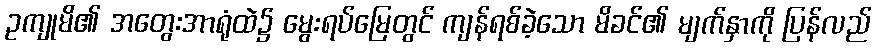
ဥကျုမိ၏ အတွေးအာရုံထဲ၌ မွေးရပ်မြေတွင် ကျန်ရစ်ခဲ့သော မိခင်၏ မျက်နှာကို ပြန်လည်